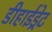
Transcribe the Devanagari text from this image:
डीहाईड्रेट